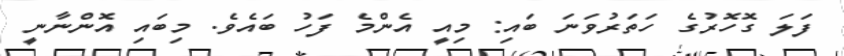
ފަލަ ގޮހޮރުގެ ހަތަރުވަނަ ބައި: މިއީ އެންމެ ފަހު ބައެވެ. މިބައި އޮންނާނީ